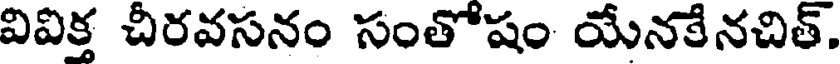
వివిక్త చీరవసనం సంతోషం యేనకేనచిత్.